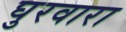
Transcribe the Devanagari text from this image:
घुरवारा